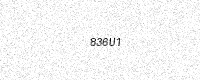
Text: 836U1